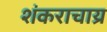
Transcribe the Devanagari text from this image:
शंकराचाय्र